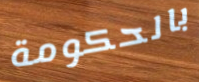
بالحكومة